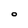
Character: O